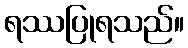
ရဿပြုရသည်။